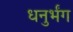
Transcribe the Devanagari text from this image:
धनुर्भंग